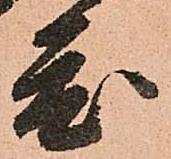
度